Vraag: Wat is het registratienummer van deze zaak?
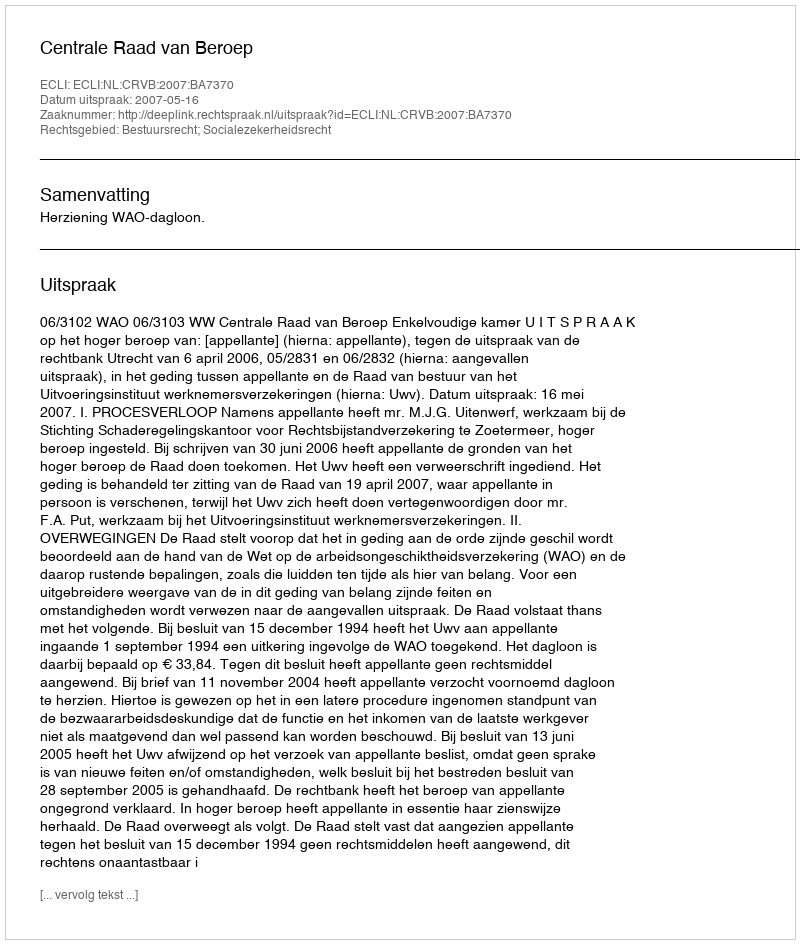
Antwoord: http://deeplink.rechtspraak.nl/uitspraak?id=ECLI:NL:CRVB:2007:BA7370